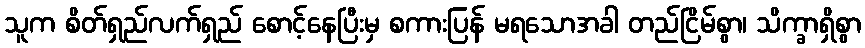
သူက စိတ်ရှည်လက်ရှည် စောင့်နေပြီးမှ စကားပြန် မရသောအခါ တည်ငြိမ်စွာ၊ သိက္ခာရှိစွာ